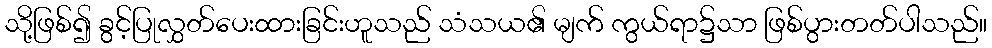
သို့ဖြစ်၍ ခွင့်ပြုလွှတ်ပေးထားခြင်းဟူသည် သံသယ၏ မျက် ကွယ်ရာ၌သာ ဖြစ်ပွားတတ်ပါသည်။